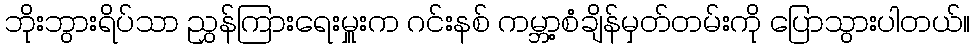
ဘိုးဘွားရိပ်သာ ညွှန်ကြားရေးမှူးက ဂင်းနစ် ကမ္ဘာ့စံချိန်မှတ်တမ်းကို ပြောသွားပါတယ်။